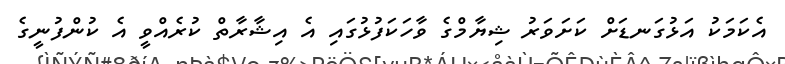
އެކަމަކު އަޅުގަނޑަށް ކަށަވަރު ޝިޔާމްގެ ވާހަކަފުޅުގައި އެ އިޝާރާތް ކުރެއްވީ އެ ކުންފުނީގެ